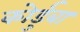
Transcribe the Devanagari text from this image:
कोर्डुबा